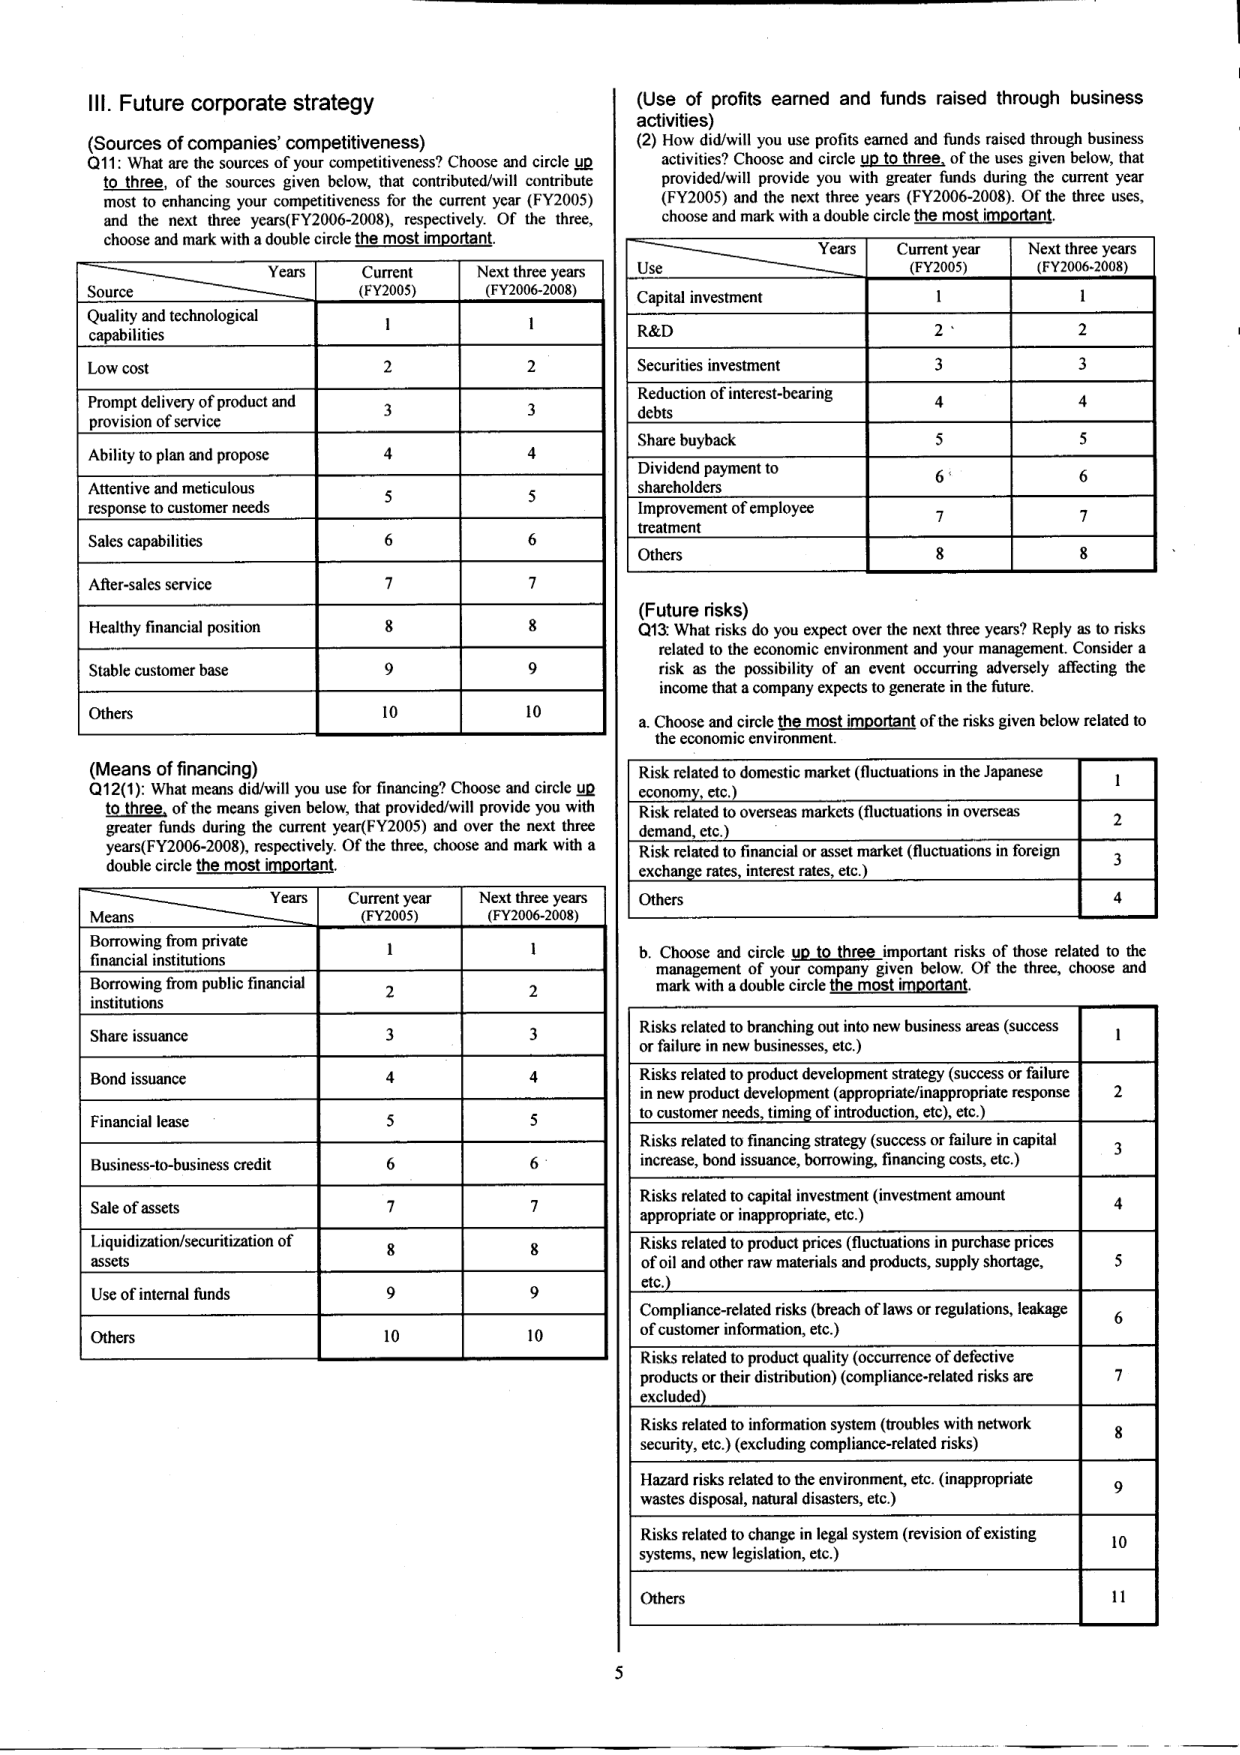
III. Future corporate strategy

(Sources of companies' competitiveness)
Q11: What are the sources of your competitiveness? Choose and circle up to three, of the sources given below, that contributed/will contribute most to enhancing your competitiveness for the current year (FY2005) and the next three years (FY2006-2008), respectively. Of the three, choose and mark with a double circle the most important.

Years
Source | Current (FY2005) | Next three years (FY2006-2008)
--- | --- | ---
Quality and technological capabilities | 1 | 1
Low cost | 2 | 2
Prompt delivery of product and provision of service | 3 | 3
Ability to plan and propose | 4 | 4
Attentive and meticulous response to customer needs | 5 | 5
Sales capabilities | 6 | 6
After-sales service | 7 | 7
Healthy financial position | 8 | 8
Stable customer base | 9 | 9
Others | 10 | 10

(Means of financing)
Q12(1): What means did/will you use for financing? Choose and circle up to three, of the means given below, that provided/will provide you with greater funds during the current year (FY2005) and over the next three years (FY2006-2008), respectively. Of the three, choose and mark with a double circle the most important.

Years
Means | Current year (FY2005) | Next three years (FY2006-2008)
--- | --- | ---
Borrowing from private financial institutions | 1 | 1
Borrowing from public financial institutions | 2 | 2
Share issuance | 3 | 3
Bond issuance | 4 | 4
Financial lease | 5 | 5
Business-to-business credit | 6 | 6
Sale of assets | 7 | 7
Liquidization/securitization of assets | 8 | 8
Use of internal funds | 9 | 9
Others | 10 | 10

(Use of profits earned and funds raised through business activities)
(2) How did/will you use profits earned and funds raised through business activities? Choose and circle up to three, of the uses given below, that provided/will provide you with greater funds during the current year (FY2005) and the next three years (FY2006-2008). Of the three uses, choose and mark with a double circle the most important.

Years
Use | Current year (FY2005) | Next three years (FY2006-2008)
--- | --- | ---
Capital investment | 1 | 1
R&D | 2 | 2
Securities investment | 3 | 3
Reduction of interest-bearing debts | 4 | 4
Share buyback | 5 | 5
Dividend payment to shareholders | 6 | 6
Improvement of employee treatment | 7 | 7
Others | 8 | 8

(Future risks)
Q13: What risks do you expect over the next three years? Reply as to risks related to the economic environment and your management. Consider a risk as the possibility of an event occurring adversely affecting the income that a company expects to generate in the future.

a. Choose and circle the most important of the risks given below related to the economic environment.

Risk related to domestic market (fluctuations in the Japanese economy, etc.) | 1
Risk related to overseas markets (fluctuations in overseas demand, etc.) | 2
Risk related to financial or asset market (fluctuations in foreign exchange rates, interest rates, etc.) | 3
Others | 4

b. Choose and circle up to three important risks of those related to the management of your company given below. Of the three, choose and mark with a double circle the most important.

Risks related to branching out into new business areas (success or failure in new businesses, etc.) | 1
Risks related to product development strategy (success or failure in new product development (appropriate/inappropriate response to customer needs, timing of introduction, etc.), etc.) | 2
Risks related to financing strategy (success or failure in capital increase, bond issuance, borrowing, financing costs, etc.) | 3
Risks related to capital investment (investment amount appropriate or inappropriate, etc.) | 4
Risks related to product prices (fluctuations in purchase prices of oil and other raw materials and products, supply shortage, etc.) | 5
Compliance-related risks (breach of laws or regulations, leakage of customer information, etc.) | 6
Risks related to product quality (occurrence of defective products or their distribution) (compliance-related risks are excluded) | 7
Risks related to information system (troubles with network security, etc.) (excluding compliance-related risks) | 8
Hazard risks related to the environment, etc. (inappropriate wastes disposal, natural disasters, etc.) | 9
Risks related to change in legal system (revision of existing systems, new legislation, etc.) | 10
Others | 11

5